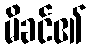
မိခင်၏